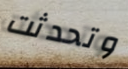
وتحدثت